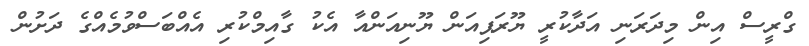
ގްރީސް އިން މިދަރަނި އަދާކުރީ ޔޫރަޕިއަން ޔޫނިއަންއާ އެކު ގާއިމްކުރި އެއްބަސްވުމެއްގެ ދަށުން